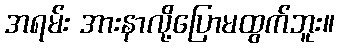
အရမ်း အားနာလို့ပြောမထွက်ဘူး။